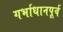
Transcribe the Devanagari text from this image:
गर्भाधानपूर्व